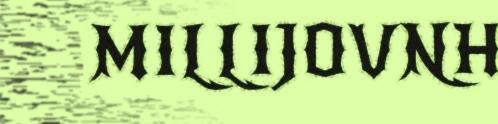
MILLIJOVNH